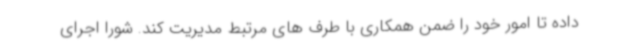
داده تا امور خود را ضمن همکاری با طرف های مرتبط مدیریت کند. شورا اجرای